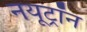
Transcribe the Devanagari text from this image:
नयूट्रॉन